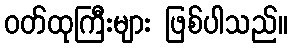
ဝတ်ထုကြီးများ ဖြစ်ပါသည်။